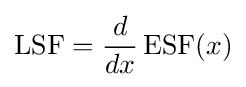
\operatorname {LSF} ={\frac {d}{dx}}\operatorname {ESF} (x)